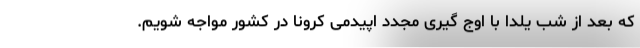
که بعد از شب یلدا با اوج گیری مجدد اپیدمی کرونا در کشور مواجه شویم.